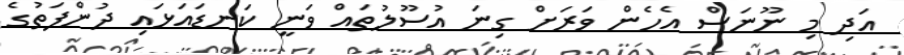
އަދި މި ނޫނަސް އެހެން ވަރަށް ގިނަ އުސޫލުތައް ވަނީ ކަނޑައަޅައި ދުންފަތުގެ